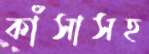
কাঁসাসহ